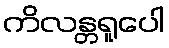
ကိလန္တရူပေါ